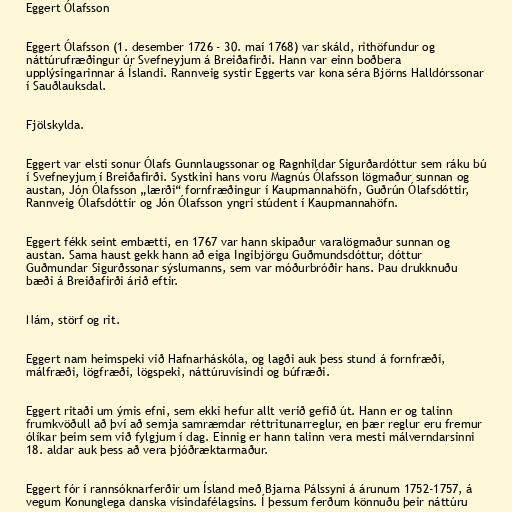
Eggert Ólafsson

Eggert Ólafsson (1. desember 1726 - 30. maí 1768) var skáld, rithöfundur og
náttúrufræðingur úr Svefneyjum á Breiðafirði. Hann var einn boðbera
upplýsingarinnar á Íslandi. Rannveig systir Eggerts var kona séra Björns Halldórssonar
í Sauðlauksdal.

Fjölskylda.

Eggert var elsti sonur Ólafs Gunnlaugssonar og Ragnhildar Sigurðardóttur sem ráku bú
í Svefneyjum í Breiðafirði. Systkini hans voru Magnús Ólafsson lögmaður sunnan og
austan, Jón Ólafsson „lærði“ fornfræðingur í Kaupmannahöfn, Guðrún Ólafsdóttir,
Rannveig Ólafsdóttir og Jón Ólafsson yngri stúdent í Kaupmannahöfn.

Eggert fékk seint embætti, en 1767 var hann skipaður varalögmaður sunnan og
austan. Sama haust gekk hann að eiga Ingibjörgu Guðmundsdóttur, dóttur
Guðmundar Sigurðssonar sýslumanns, sem var móðurbróðir hans. Þau drukknuðu
bæði á Breiðafirði árið eftir.

Nám, störf og rit.

Eggert nam heimspeki við Hafnarháskóla, og lagði auk þess stund á fornfræði,
málfræði, lögfræði, lögspeki, náttúruvísindi og búfræði.

Eggert ritaði um ýmis efni, sem ekki hefur allt verið gefið út. Hann er og talinn
frumkvöðull að því að semja samræmdar réttritunarreglur, en þær reglur eru fremur
ólíkar þeim sem við fylgjum í dag. Einnig er hann talinn vera mesti málverndarsinni
18. aldar auk þess að vera þjóðræktarmaður.

Eggert fór í rannsóknarferðir um Ísland með Bjarna Pálssyni á árunum 1752-1757, á
vegum Konunglega danska vísindafélagsins. Í þessum ferðum könnuðu þeir náttúru